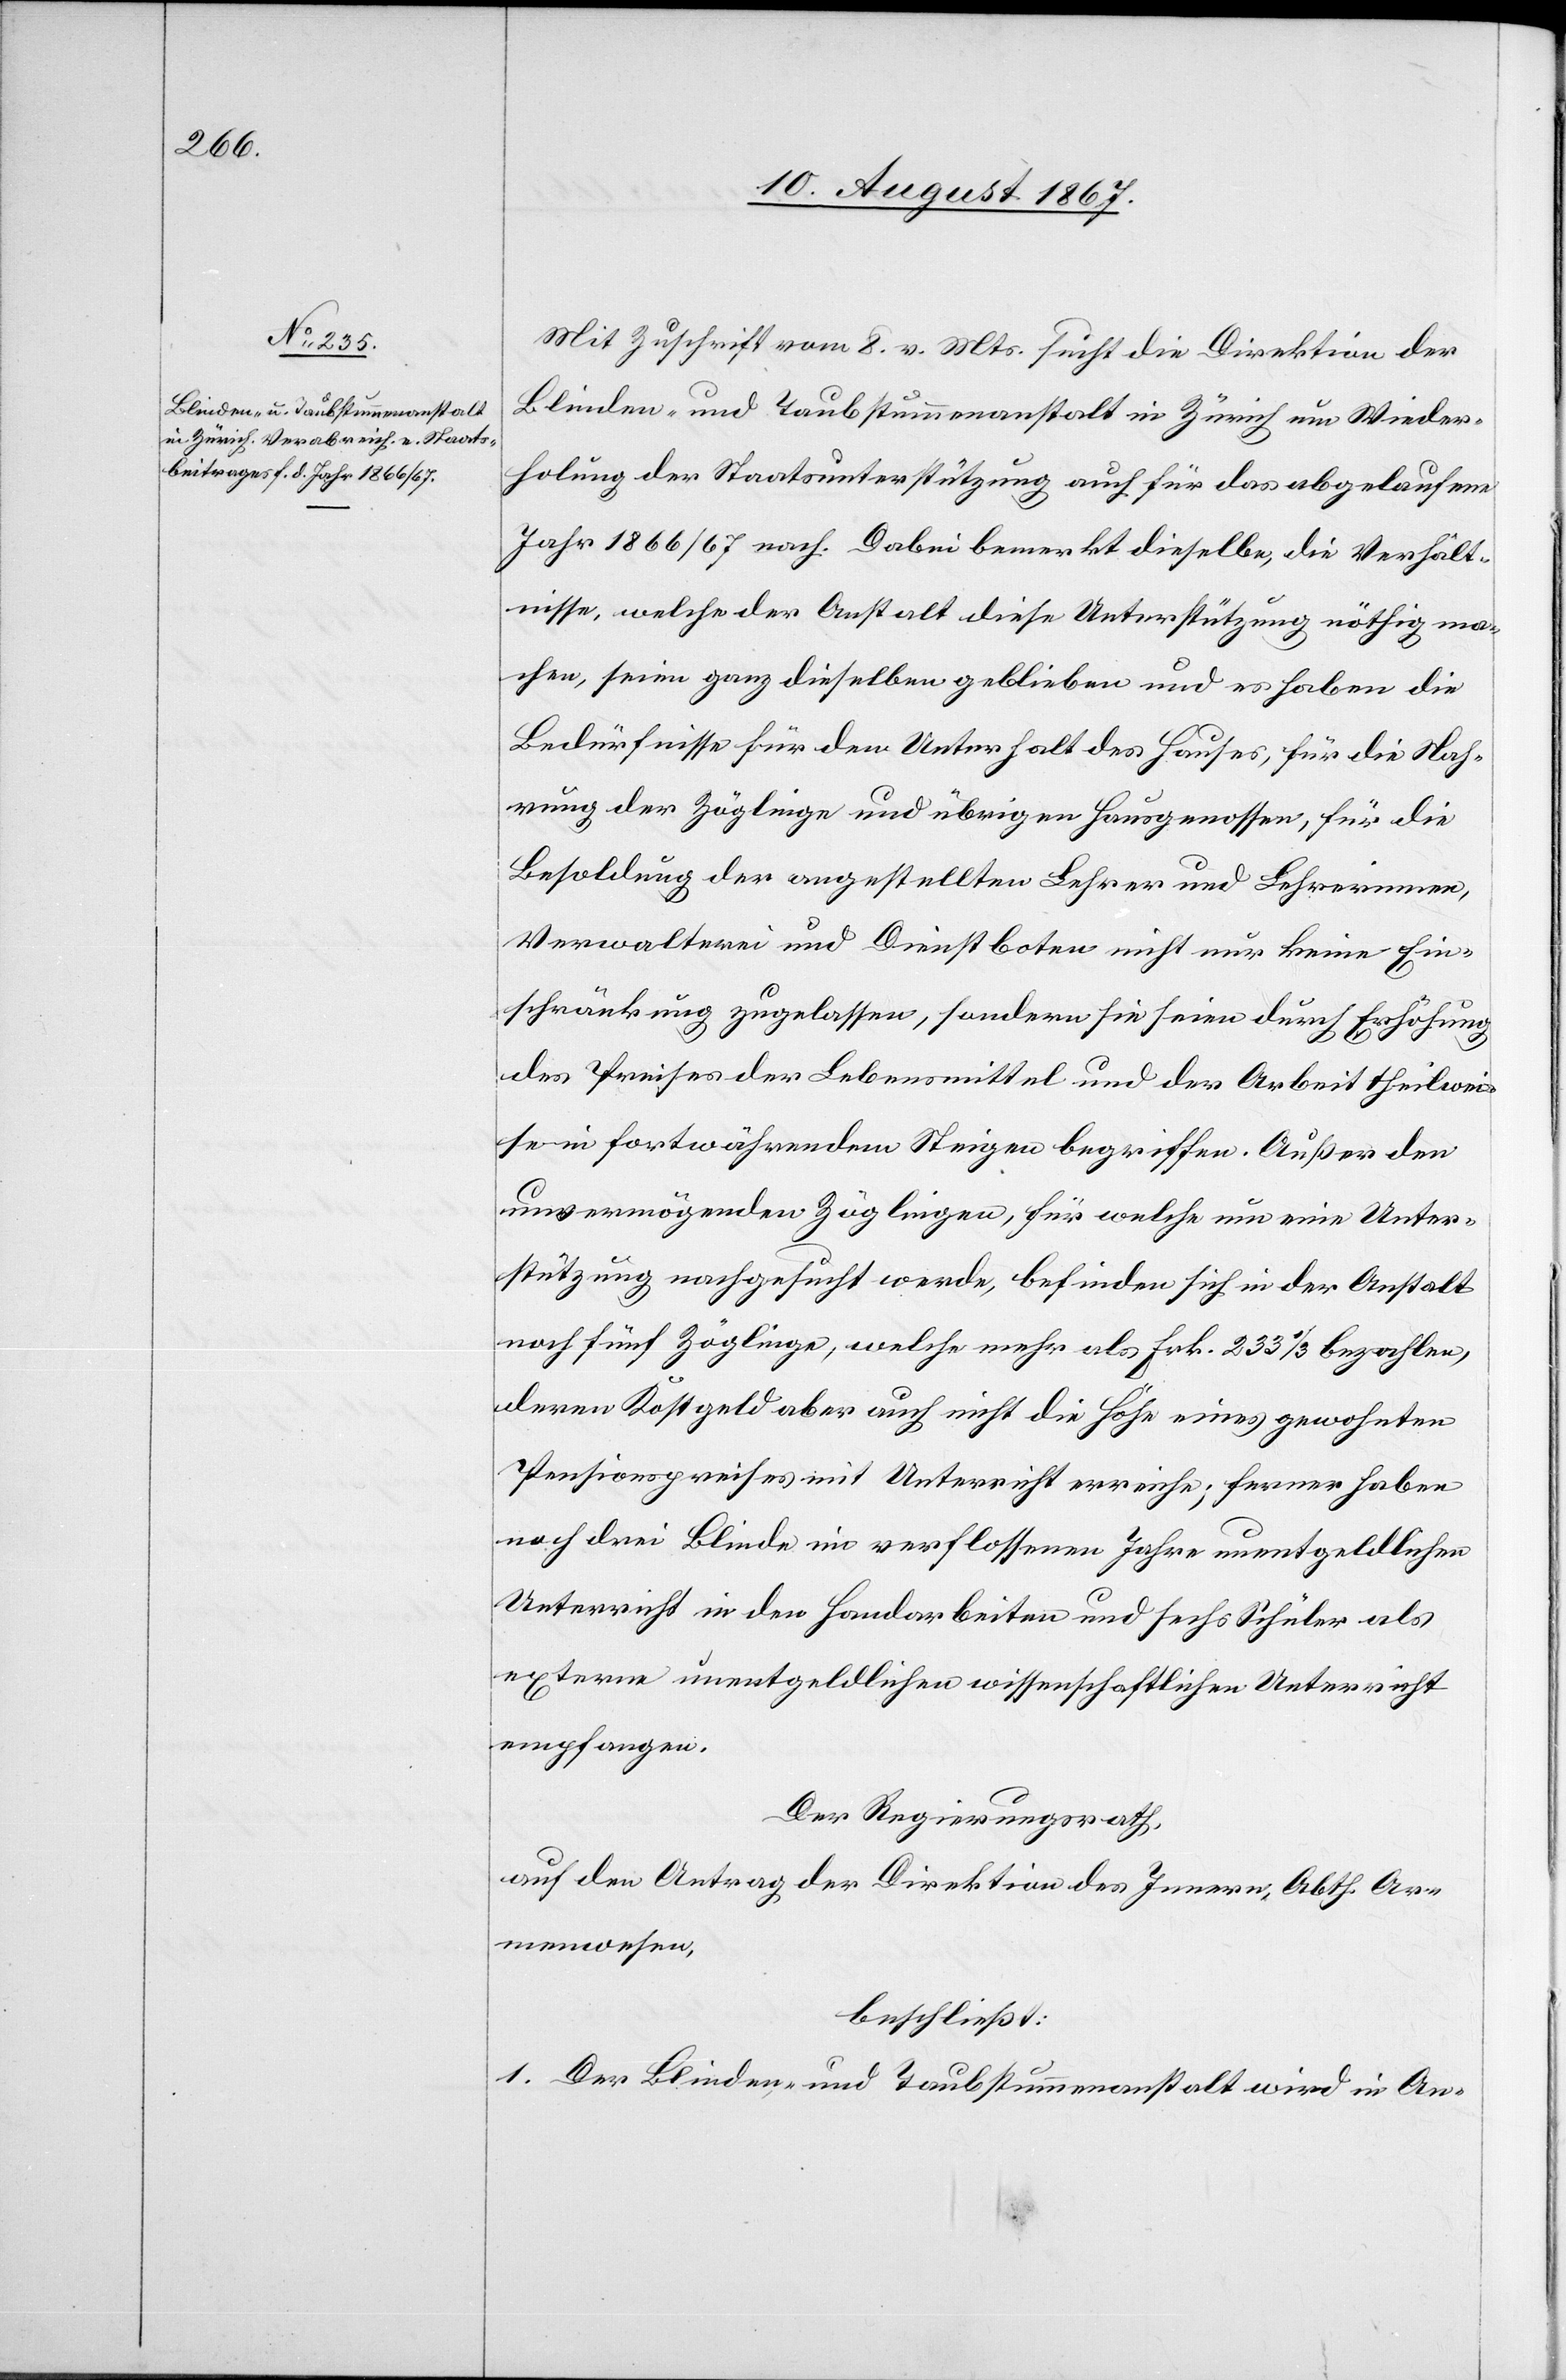
Mit Zuschrift vom 8. v. Mts. sucht die Direktion der
Blinden- u. Taubstummenanstalt in Zürich um Wieder¬
holung der Staatsunterstützung auch für das abgelaufene
Jahr 1866/67 nach. Dabei bemerkt dieselbe, die Verhält¬
nisse, welche der Anstalt diese Unterstützung nöthig ma¬
chen, seien ganz dieselben geblieben und es haben die
Bedürfnisse für den Unterhalt des Hauses, für die Nah¬
rung der Zöglinge und übrigen Hausgenossen, für die
Besoldung der angestellten Lehrer und Lehrerinnen,
Verwaltern und Dienstboten nicht nur keine Ein¬
schränkung zugelassen, sondern sie seien durch Erhöhung
des Preises der Lebensmittel und der Arbeit theilwei¬
se in fortwährendem Steigen begriffen. Außer den
unvermögenden Zöglingen, für welche um eine Unter¬
stützung nachgesucht werde, befinden sich in der Anstalt
noch fünf Zöglinge, welche mehr als Frk. 233 1/3 bezahlen,
deren Kostgeld aber auch nicht die Höhe eines gewohnten
Pensionspreises mit Unterricht erreiche; ferner haben
noch drei Blinde im verflossenen Jahre unentgeldlichen
Unterricht in den Handabreiten und sechs Schüler als
externe unentgeldlichen wissenschaftlichen Unterricht
empfangen.
Der Regierungsrath,
Armenwesen,
beschließt:
1. Der Blinden- und Taubstummenanstalt wird in An-